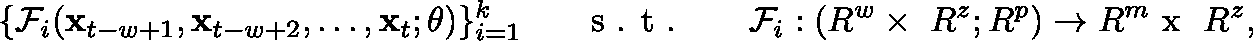
\{ \mathcal { F } _ { i } ( \mathbf { x } _ { t - w + 1 } , \mathbf { x } _ { t - w + 2 } , \dots , \mathbf { x } _ { t } ; \mathbf { \theta ) } \} _ { i = 1 } ^ { k } \ \ \ \ \ \textrm { s . t . } \ \ \ \ \ \mathcal { F } _ { i } : ( \mathbb { R } ^ { w } \times \ \mathbb { R } ^ { z } ; \mathbb { R } ^ { p } ) \rightarrow \mathbb { R } ^ { m } \textrm { x } \ \mathbb { R } ^ { z } ,